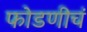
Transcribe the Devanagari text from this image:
फोडणीचं